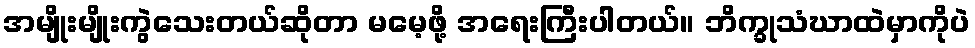
အမျိုးမျိုးကွဲသေးတယ်ဆိုတာ မမေ့ဖို့ အရေးကြီးပါတယ်။ ဘိက္ခုသံဃာထဲမှာကိုပဲ